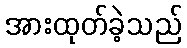
အားထုတ်ခဲ့သည်